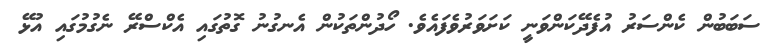
ސަބަބުން ކެންސަރު އުފެދޭކަންވަނީ ކަށަވަރުވެފައެވެ. ހޯދުންތަކުން އެނގުނު ގޮތުގައި އެކްސްރޭ ނެގުމުގައި އުޅޭ